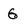
Character: G